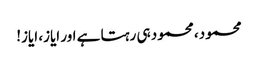
محمود، محمود ہی رہتا ہے اور ایاز، ایاز!